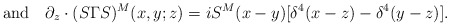
\begin{align*}{\rm and}\quad \partial_z\cdot(S\Gamma S)^M(x,y;z) = iS^M(x-y)[\delta^4(x-z)-\delta^4(y-z)].\end{align*}